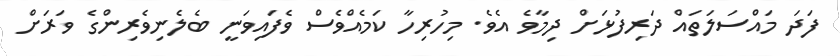
ފަދަ މައްސަލަތައް ދަރިފުޅަށް ދިމާވެ އެވެ. މިހުރިހާ ކަމެއްވެސް ވެފައިވަނީ ބެލެނިވެރިންގެ ވަރަށް